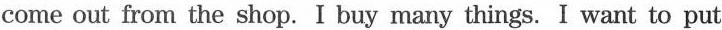
come out from the shop. I buy many things. I want to put